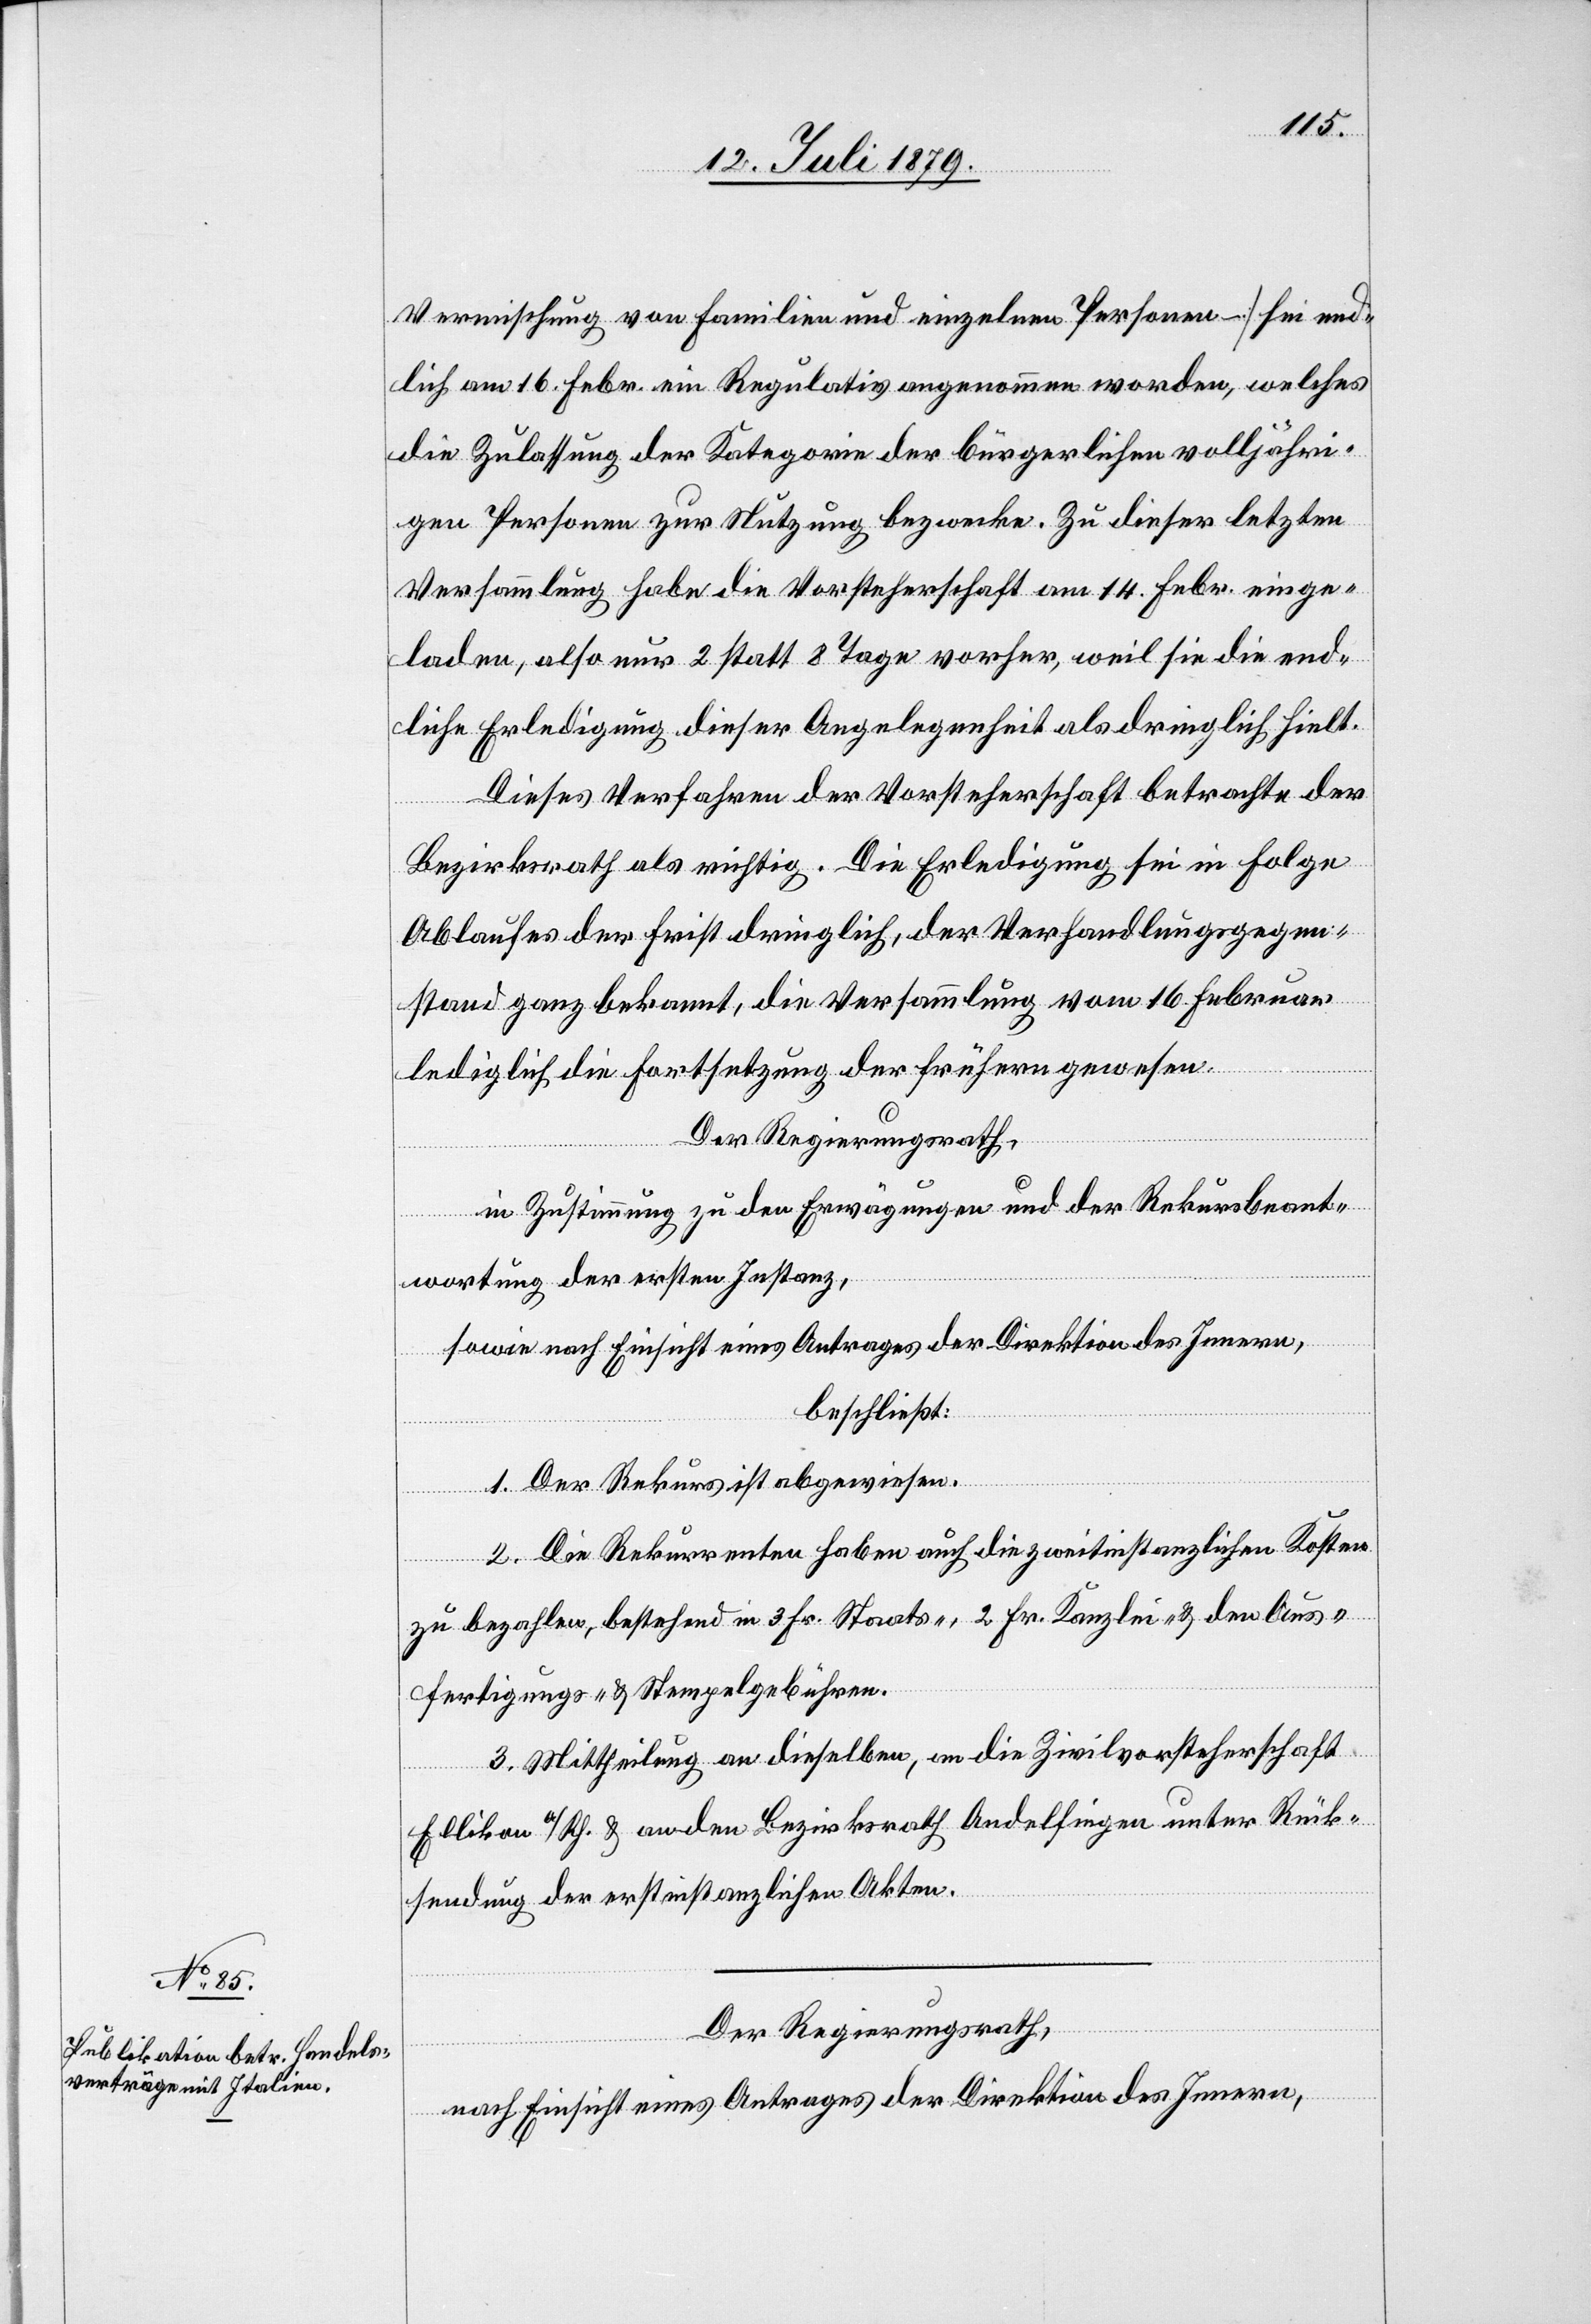
Vermischung von Familien und einzelnen Personen –] sei end¬
lich am 16. Febr. ein Regulativ angenommen worden, welches
die Zulassung der Kategorie der bürgerlichen volljähri¬
gen Personen zur Nutzung bezwecke. Zu dieser letzten
Versammlung habe die Vorsteherschaft am 14. Febr. einge¬
laden, also nur 2 statt 8 Tage vorher, weil sie die end¬
liche Erledigung dieser Angelegenheit als dringlich hielt.
Dieses Verfahren der Vorsteherschaft betrachte der
Bezirksrath als richtig. Die Erledigung sei in Folge
Ablaufes der Frist dringlich, der Verhandlungsgegen¬
stand ganz bekannt, die Versammlung vom 16. Februar
lediglich die Fortsetzung der frühern gewesen.
Der Regierungsrath,
in Zustimmung zu den Erwägungen und der Rekursbeant¬
wortung der ersten Instanz,
sowie nach Einsicht eines Antrages der Direktion des Innern,
beschließt:
1. Der Rekurs ist abgewiesen.
2. Die Rekurrenten haben auch die zweitinstanzlichen Kosten
zu bezahlen, bestehend in 3 Fr. Staats-, 2 Fr. Kanzlei- & den Aus¬
fertigungs- & Stempelgebühren.
3. Mittheilung an dieselben, an die Zivilvorsteherschaft
Ellikon a/Rh. & an den Bezirksrath Andelfingen unter Rück¬
sendung der erstinstanzlichen Akten.
Der Regierungsrath,
nach Einsicht eines Antrages der Direktion des Innern,